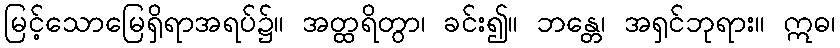
မြင့်သောမြေရှိရာအရပ်၌။ အတ္ထရိတွာ၊ ခင်း၍။ ဘန္တေ၊ အရှင်ဘုရား။ ဣဓ၊